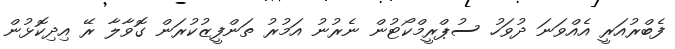
ފެބްރުއަރީ އެއްވަނަ ދުވަހު ސުޕްރީމްކޯޓުން ނެރުނު އަމުރު ތަންފީޒުކުރަން ގޮވާލާ ރޭ އިދިކޮޅުން